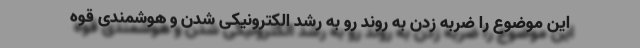
این موضوع را ضربه زدن به روند رو به رشد الکترونیکی شدن و هوشمندی قوه